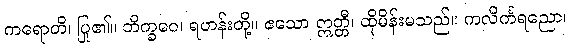
ကရောတိ၊ ပြု၏။ ဘိက္ခဝေ၊ ရဟန်းတို့။ ဧသော ဣတ္တီ၊ ထိုမိန်းမသည်။ ကလိင်္ကရညော၊